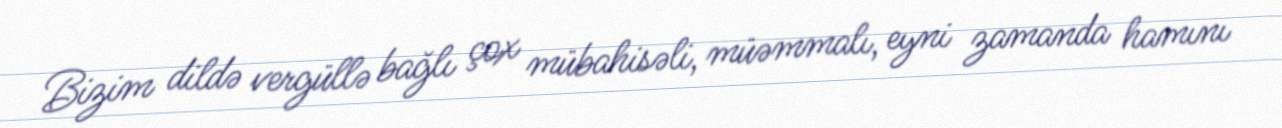
Bizim dildə vergüllə bağlı çox mübahisəli, müəmmalı, eyni zamanda hamını